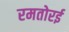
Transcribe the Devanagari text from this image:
रमतोरई